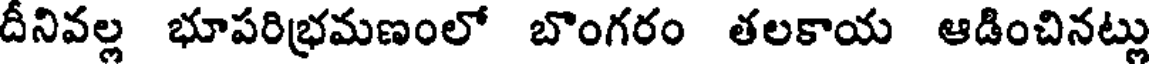
దీనివల్ల భూపరిభ్రమణంలో బొంగరం తలకాయ ఆడించినట్లు